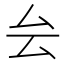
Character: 𠫛